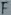
Text: F